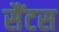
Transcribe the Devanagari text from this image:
सैंटस